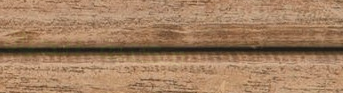
مكتبة الحياة